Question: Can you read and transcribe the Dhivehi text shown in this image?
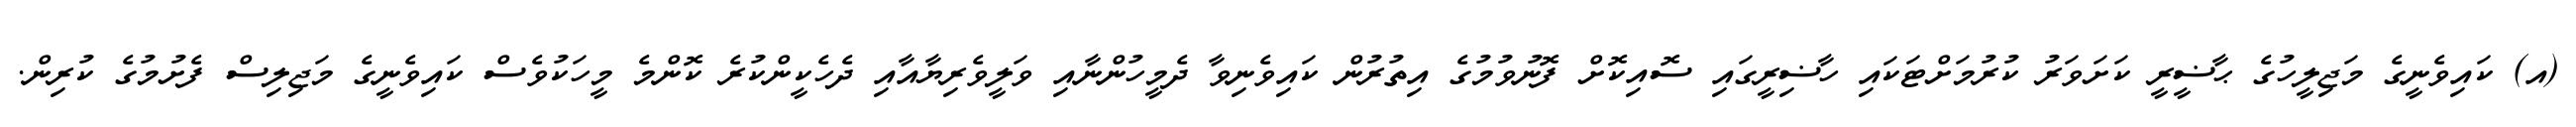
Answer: (އ) ކައިވެނީގެ މަޖިލީހުގެ ޙާޟީރީ ކަށަވަރު ކުރުމަށްޓަކައި ހާޟިރީގައި ސޮއިކޮށް ފޮނުވުމުގެ އިތުރުން ކައިވެނިވާ ދެމީހުންނާއި ވަލީވެރިޔާއާއި ދެހެކީންކުރެ ކޮންމެ މީހަކުވެސް ކައިވެނީގެ މަޖިލިސް ފެށުމުގެ ކުރިން.